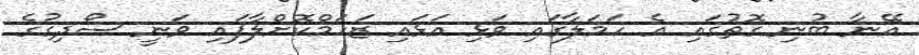
އޭނާ ބުނި ގޮތުގައި އެ ހަމަލާގައި ވަޅި އަޅައި ޒަހަމްކޮށްލާފައި ވަނީ ސޯދިގުގެ